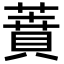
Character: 蕡